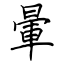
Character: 暈